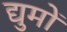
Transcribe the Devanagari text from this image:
द्युमों